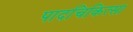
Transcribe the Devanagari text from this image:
पादचिकित्सा